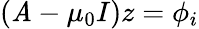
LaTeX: (\mathit{A}-\mu_{0}I)z=\phi_{i}